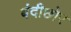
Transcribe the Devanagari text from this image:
बंदीछोर